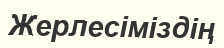
Жерлесіміздің